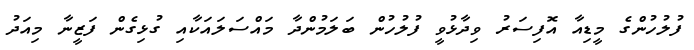
ފުލުހުންގެ މީޑިއާ އޮފިސަރު ވިދާޅުވީ ފުލުހުން ބަލަމުންދާ މައްސަލައަކާއި ގުޅިގެން ފަޒީނާ މިއަދު